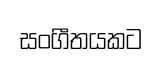
සංගීතයකට